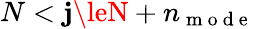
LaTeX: N<\mathbf{j}\leN+n_{\mathrm{{~m~o~d~e~}}}